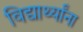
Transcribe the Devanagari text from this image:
विद्यार्थ्‍यांना